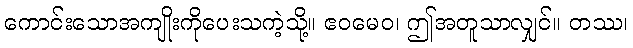
ကောင်းသောအကျိုးကိုပေးသကဲ့သို့။ ဧဝမေဝ၊ ဤအတူသာလျှင်။ တဿ၊